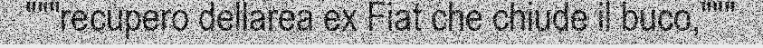
"""recupero dellarea ex Fiat che chiude il buco,"""